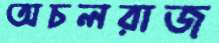
অচলরাজ